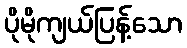
ပိုမိုကျယ်ပြန့်သော